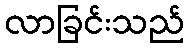
လာခြင်းသည်